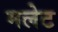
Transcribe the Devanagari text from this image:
मलेट